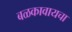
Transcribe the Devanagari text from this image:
बळकावायचा